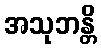
အသုဘန္တိ